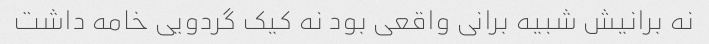
نه برانیش شبیه برانی واقعی بود نه کیک گردویی خامه داشت